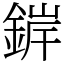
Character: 錌